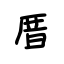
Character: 厝